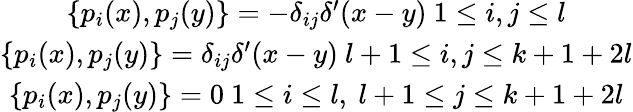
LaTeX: \begin{array}{c}{{\{ p_{i}(x),p_{j}(y)\} =-\delta_{ij}\delta^{\prime}(x-y)\ 1\leq i,j\leq l}}\\ {{\{ p_{i}(x),p_{j}(y)\} =\delta_{ij}\delta^{\prime}(x-y)\ l+1\leq i,j\leq k+1+2l}}\\ {{\{ p_{i}(x),p_{j}(y)\} =0\ 1\leq i\leq l,\ l+1\leq j\leq k+1+2l}}\end{array}